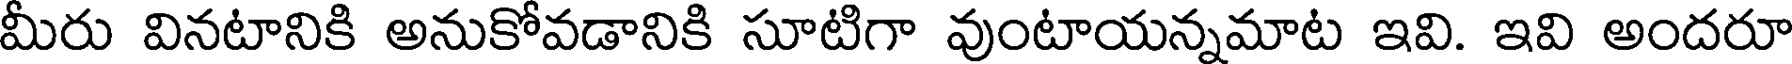
మీరు వినటానికి అనుకోవడానికి సూటిగా వుంటాయన్నమాట ఇవి. ఇవి అందరూ